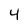
Character: 4